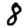
Digit: 8